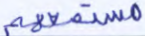
مستمعهم